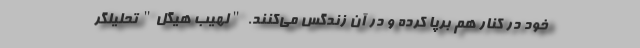
خود در کنار هم برپا کرده و در آن زندگس می‌کنند. "لهیب هیگل" تحلیلگر